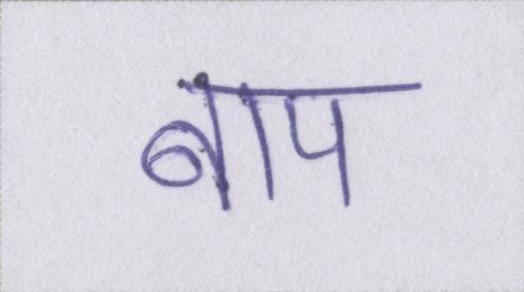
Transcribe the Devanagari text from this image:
बाप